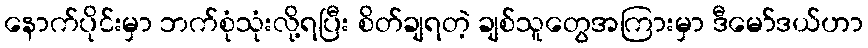
နောက်ပိုင်းမှာ ဘက်စုံသုံးလို့ရပြီး စိတ်ချရတဲ့ ချစ်သူတွေအကြားမှာ ဒီမော်ဒယ်ဟာ